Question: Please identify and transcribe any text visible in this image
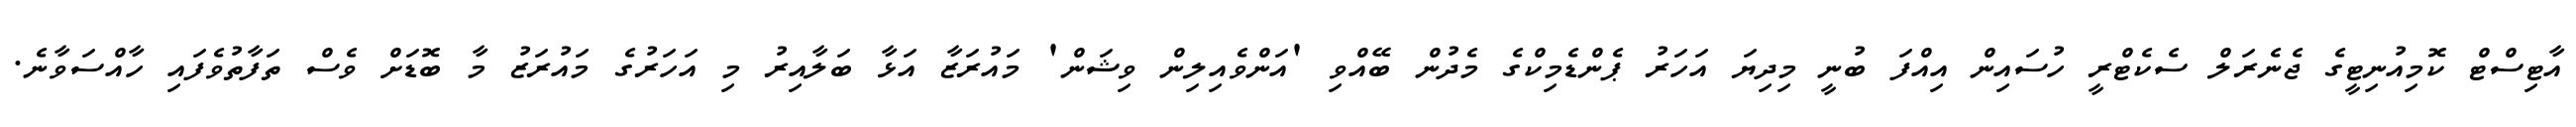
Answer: އާޓިސްޓް ކޮމިއުނިޓީގެ ޖެނެރަލް ސެކެޓްރީ ހުސައިން އިއްފަ ބުނީ މިދިޔަ އަހަރު ޕެންޑެމިކްގެ މެދުން ބޭއްވި 'އަންވެއިލިން ވިޝަން' މައުރަޒާ އަޅާ ބަލާއިރު މި އަހަރުގެ މައުރަޒު މާ ބޮޑަށް ވެސް ތަފާތުވެފައި ހާއްސަވާނެ.